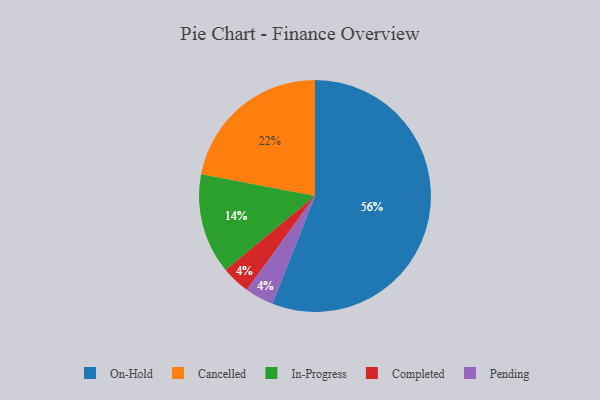
{"axis": {"x": "Category", "y": "Percentage"}, "legend": ["Cancelled", "Completed", "In-Progress", "On-Hold", "Pending"], "data": [{"x": "Completed", "y": 4, "type": "Completed"}, {"x": "Pending", "y": 4, "type": "Pending"}, {"x": "In-Progress", "y": 14, "type": "In-Progress"}, {"x": "On-Hold", "y": 56, "type": "On-Hold"}, {"x": "Cancelled", "y": 22, "type": "Cancelled"}]}